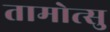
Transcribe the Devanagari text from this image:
तामोत्सु